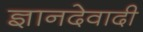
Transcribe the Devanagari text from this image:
ज्ञानदेवादी